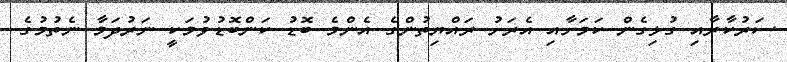
ސަރުކާރާއި ގުޅިގެން ކަމަށާއި އެރަށު ރައްޔިތުންގެ އެންމެ ބޮޑު ކަންބޮޑުވުމަކީ ނަރުދަމާ ނެތުމުގެ